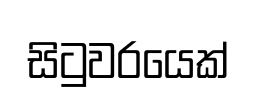
සිටුවරයෙක්